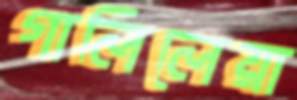
গালিলেয়া